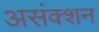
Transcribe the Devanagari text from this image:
असंक्शन